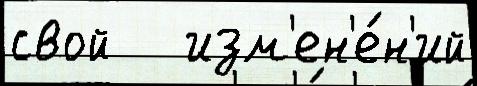
свой   изм'ен'е́н'ий